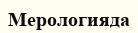
Мерологияда